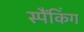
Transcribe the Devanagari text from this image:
स्पैंकिंग